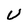
Character: U